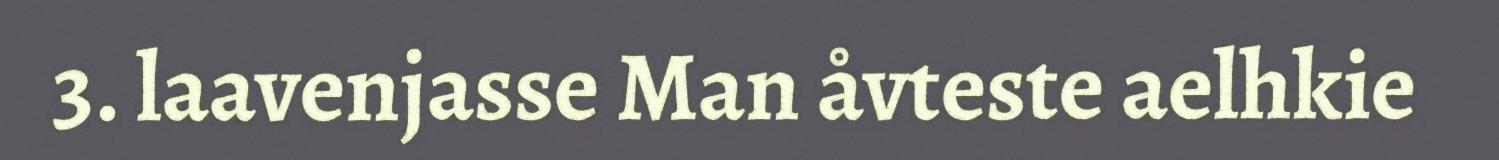
3. laavenjasse Man åvteste aelhkie